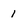
Character: 1